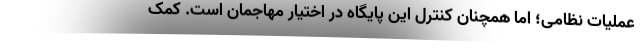
عملیات نظامی؛ اما همچنان کنترل این پایگاه در اختیار مهاجمان است. کمک